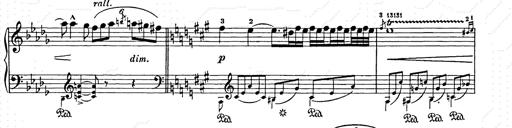
Title: Berceuse
Composer: Lucien Wurmser
Key: A major